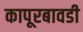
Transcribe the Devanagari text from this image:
कापूरबावडी